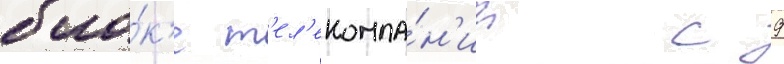
бло́к'е т'ел'екомпа́н'ии с 9